Annual report of the Punjab Veterinary College and of the Civil Veterinary Department, Punjab - 1894-1908
Year: 1894
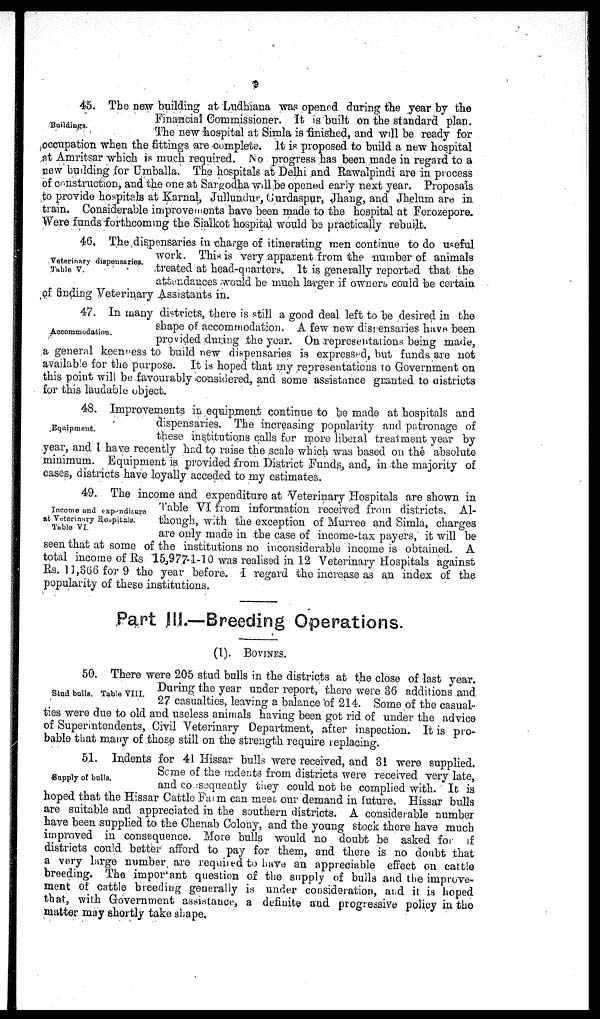
9
Buildings.
45. The new building at Ludhiana was opened during the year by the
Financial Commissioner. It is built on the standard plan.
The new hospital at Simla is finished, and will be ready for
occupation when the fittings are complete. It is proposed to build a new hospital
at Amritsar which is much required. No progress has been made in regard to a
new building for Umballa. The hospitals at Delhi and Rawalpindi are in process
of construction, and the one at Sargodha will be opened early next year. Proposals
to provide hospitals at Karnal, Jullundur, Curdaspur, Jhang, and Jhelum are in
train. Considerable improvements have been made to the hospital at Ferozepore.
Were funds forthcoming the Sialkot hospital would be practically rebuilt.
Veterinary dispensaries.
Table V.
46. The dispensaries in charge of itinerating men continue to do useful
work. This is very apparent from the number of animals
treated at head-quarters. It is generally reported that the
attendances would be much larger if owners could be certain
of finding Veterinary Assistants in.
Accommodation.
47. In many districts, there is still a good deal left to be desired in the
shape of accommodation. A few new dispensaries have been
provided during the year. On representations being made,
a general keenness to build new dispensaries is expressed, but funds are not
available for the purpose. It is hoped that my representations to Government on
this point will be favourably Considered, and some assistance granted to districts
for this laudable object.
Equipmant.
48. Improvements in equipment continue to be made at hospitals and
dispensaries. The increasing popularity and patronage of
these institutions calls for more liberal treatment year by
year, and I have recently had to raise the scale which was based on the absolute
minimum. Equipment is provided from District Funds, and, in the majority of
cases, districts have loyally acceded to my estimates.
Income and expenditure
at Veterinary Hospitals.
Table VI.
49. The income and expenditure at Veterinary Hospitals are shown in
Table VI from information received from districts. Al-
though, with the exception of Murree and Simla, charges
are only made in the case of income-tax payers, it will be
seen that at some of the institutions no inconsiderable income is obtained. A
total income of Rs 15,977-1-10 was realised in 12 Veterinary Hospitals against
Rs. 11,366 for 9 the year before. I regard the increase as an index of the
popularity of these institutions.
Part III—Breading Operations.
(1). BOVINES.
Stud bulls. Table VIII.
50. There were 205 stud bulls in the districts at the close of last year.
During the year under report, there were 36 additions and
27 casualties, leaving a balance of 214. Some of the casual-
ties were due to old and useless animals having been got rid of under the advice
of Superintendents, Civil Veterinary Department, after inspection. It is pro-
bable that many of those still on the strength require replacing.
Supply of bulls.
51. Indents for 41 Hissar bulls were received, and 31 were supplied.
Some of the indents from districts were received very late,
and consequently they could not be complied with. It is
hoped that the Hissar Cattle Farm can meet our demand in future. Hissar bulls
are suitable and appreciated in the southern districts. A considerable number
have been supplied to the Chenab Colony, and the young stock there have much
improved in consequence. More bulls would no doubt be asked for if
districts could better afford to pay for them, and there is no doubt that
a very large number are required to have an appreciable effect on cattle
breeding. The important question of the supply of bulls and the improve-
ment of cattle breeding generally is under consideration, and it is hoped
that, with Government assistance, a definite and progressive policy in the
matter may shortly take shape.